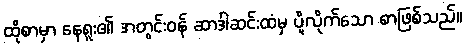
ထိုစာမှာ နေရူး၏ အတွင်းဝန် ဆာဒါဆင်းထံမှ ပို့လိုက်သော စာဖြစ်သည်။